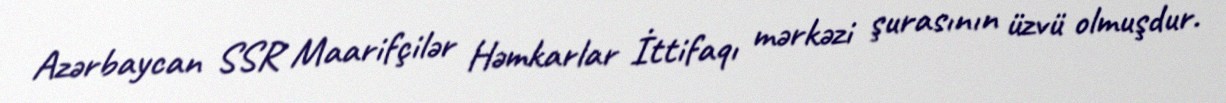
Azərbaycan SSR Maarifçilər Həmkarlar İttifaqı mərkəzi şurasının üzvü olmuşdur.